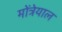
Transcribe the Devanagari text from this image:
मोंत्रेयाल